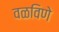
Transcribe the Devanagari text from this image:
वळविणे